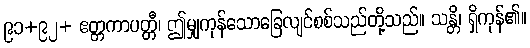
၉၁+၉၂+ ဧတ္တကာပတ္တီ၊ ဤမျှကုန်သောခြေလျင်စစ်သည်တို့သည်။ သန္တိ၊ ရှိကုန်၏။